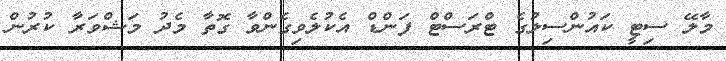
މާލޭ ސިޓީ ކައުންސިލުގެ ޓްރަސްޓް ފަންޑް އެކުލެވިގެންވާ ގޮތާ މެދު މަޝްވަރާ ކުރުން